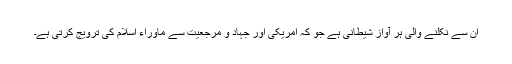
ان سے نکلنے والی ہر آواز شیطانی ہے جو کہ امریکی اور جہاد و مرجعیت سے ماوراء اسلام کی ترویج کرتی ہے۔